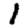
Digit: 1